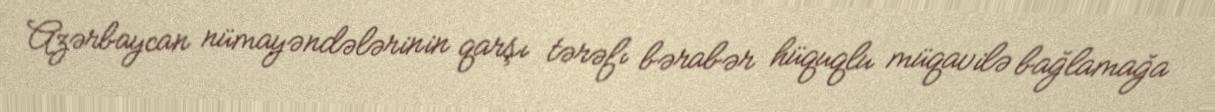
Azərbaycan nümayəndələrinin qarşı tərəfı bərabər hüquqlu müqavilə bağlamağa